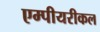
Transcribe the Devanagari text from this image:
एम्पीयरीकल